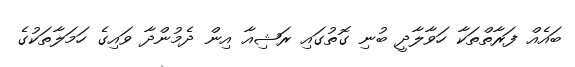
ބައެއް ފަރާތްތަކާ ހަވާލާދީ ބުނި ގޮތުގައި ރަޝިއާ އިން ދެމުންދާ ވައިގެ ހަމަލާތަކުގެ